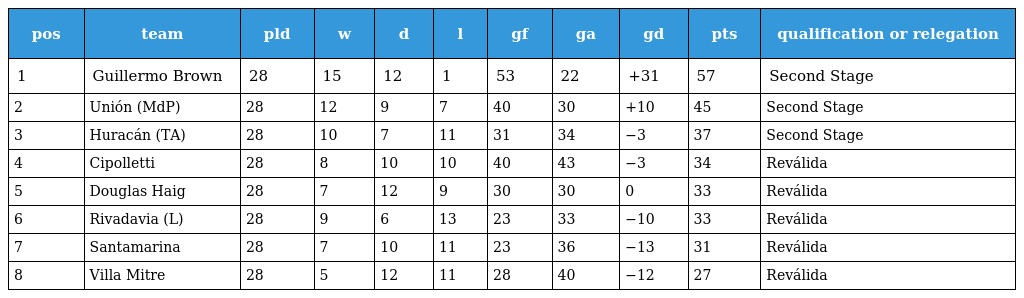
| pos | team | pld | w | d | l | gf | ga | gd | pts | qualification or relegation |
 | --- | --- | --- | --- | --- | --- | --- | --- | --- | --- | --- |
 | 1 | Guillermo Brown | 28 | 15 | 12 | 1 | 53 | 22 | +31 | 57 | Second Stage |
 | 2 | Unión (MdP) | 28 | 12 | 9 | 7 | 40 | 30 | +10 | 45 | Second Stage |
 | 3 | Huracán (TA) | 28 | 10 | 7 | 11 | 31 | 34 | −3 | 37 | Second Stage |
 | 4 | Cipolletti | 28 | 8 | 10 | 10 | 40 | 43 | −3 | 34 | Reválida |
 | 5 | Douglas Haig | 28 | 7 | 12 | 9 | 30 | 30 | 0 | 33 | Reválida |
 | 6 | Rivadavia (L) | 28 | 9 | 6 | 13 | 23 | 33 | −10 | 33 | Reválida |
 | 7 | Santamarina | 28 | 7 | 10 | 11 | 23 | 36 | −13 | 31 | Reválida |
 | 8 | Villa Mitre | 28 | 5 | 12 | 11 | 28 | 40 | −12 | 27 | Reválida |